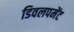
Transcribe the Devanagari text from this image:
डिवलपमेंट